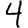
Digit: 4